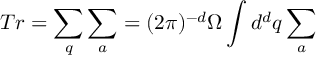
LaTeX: T r = \sum _ { q } \sum _ { a } = ( 2 \pi ) ^ { - d } \Omega \int { d } ^ { d } q \sum _ { a }